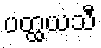
ပတ္ထယသီ